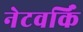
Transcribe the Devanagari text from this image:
नेटवर्किं